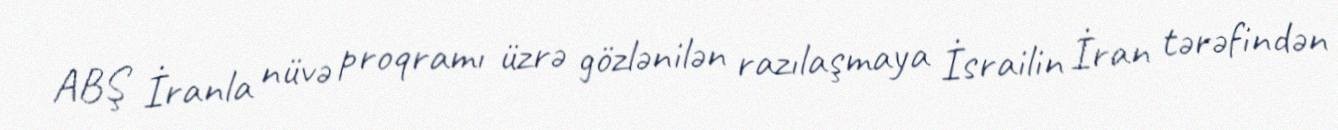
ABŞ İranla nüvə proqramı üzrə gözlənilən razılaşmaya İsrailin İran tərəfindən